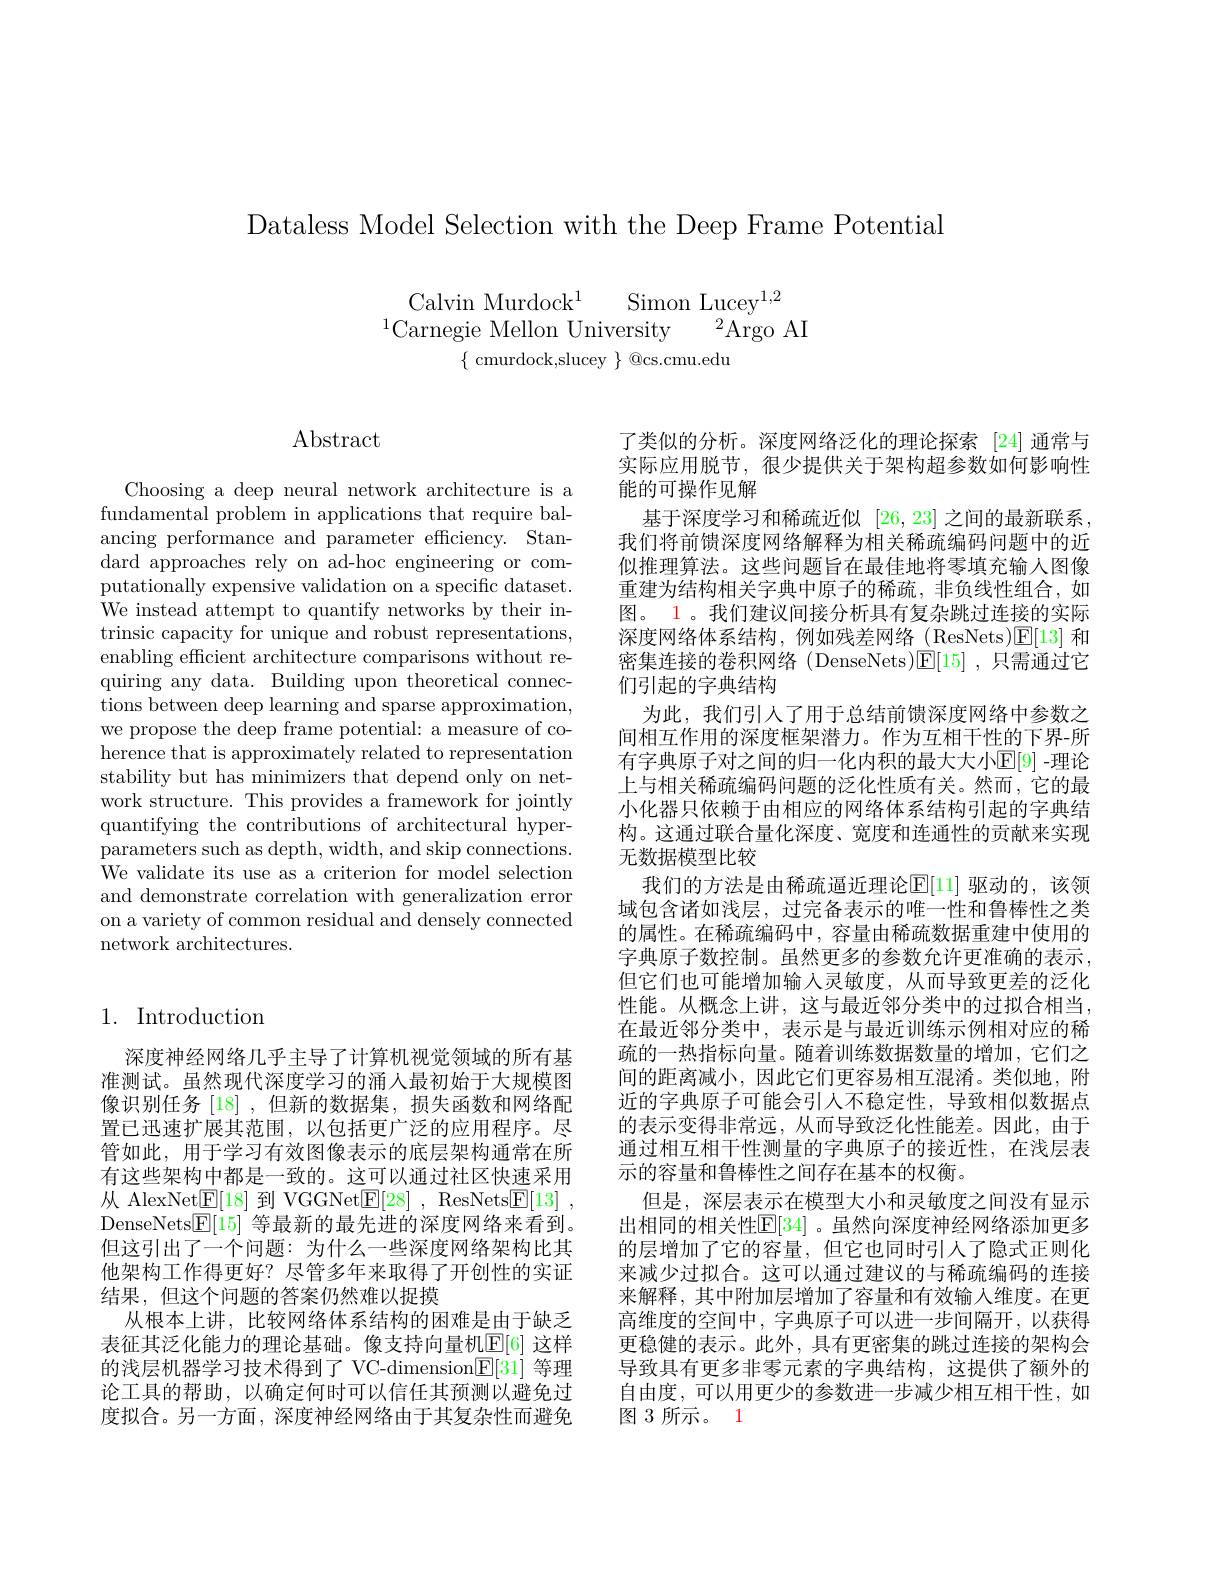
Dataless Model Selection with the Deep Frame Potential

Calvin Murdock$^1$ Simon Lucey$^{1,2}$
$^{1}$Carnegie Mellon University$^2$Argo AI
$\{$ cmurdock,slucey $\}$ @cs.cmu.edu

$\operatorname{Abstract}$

Choosing a deep neural network architecture is a fundamental problem in applications that require balancing performance and parameter efficiency. Standard approaches rely on ad-hoc engineering or computationally expensive validation on a specific dataset. We instead attempt to quantify networks by their intrinsic capacity for unique and robust representations, enabling efficient architecture comparisons without requiring any data. Building upon theoretical connections between deep learning and sparse approximation, we propose the deep frame potential: a measure of coherence that is approximately related to representation stability but has minimizers that depend only on network structure. This provides a framework for jointly quantifying the contributions of architectural hyperparameters such as depth, width, and skip connections. We validate its use as a criterion for model selection and demonstrate correlation with generalization error on a variety of common residual and densely connected network architectures.

## 1. Introduction

深度神经网络几乎主导了计算机视觉领域的所有基准测试。虽然现代深度学习的涌人最初始于大规模图像识别任务 [18] ,但新的数据集，损失函数和网络配置已迅速扩展其范围，以包括更广泛的应用程序。尽管如此，用于学习有效图像表示的底层架构通常在所有这些架构中都是一致的。这可以通过社区快速采用从 AlexNet$\underline{\mathrm{E}}[18]$到 VGGNet$\underline{\mathrm{E}}[28]$, ResNets$\underline{\mathrm{E}}[13]$, DenseNets$\underline{\mathbb{E}}[15]$等最新的最先进的深度网络来看到。但这引出了一个问题：为什么一些深度网络架构比其他架构工作得更好？尽管多年来取得了开创性的实证结果，但这个问题的答案仍然难以捉摸
从根本上讲，比较网络体系结构的困难是由于缺乏表征其泛化能力的理论基础。像支持向量机$\mathbb{E}[6]$ 这样的浅层机器学习技术得到了 VC-dimension$\mathbb{E}[31]$等理论工具的帮助，以确定何时可以信任其预测以避免过度拟合。另一方面，深度神经网络由于其复杂性而避免

了类似的分析。深度网络泛化的理论探索 [24] 通常与实际应用脱节，很少提供关于架构超参数如何影响性能的可操作见解
基于深度学习和稀疏近似 [26,23] 之间的最新联系， 我们将前馈深度网络解释为相关稀疏编码问题中的近似推理算法。这些问题旨在最佳地将零填充输人图像重建为结构相关字典中原子的稀疏，非负线性组合，如图。1。我们建议间接分析具有复杂跳过连接的实际深度网络体系结构，例如残差网络(ResNets)[E[13] 和密集连接的卷积网络(DenseNets)[E[15],只需通过它们引起的字典结构
为此，我们引人了用于总结前馈深度网络中参数之间相互作用的深度框架潜力。作为互相干性的下界-所有字典原子对之间的归一化内积的最大大小$\mathbb{E}[9]$ -理论上与相关稀疏编码问题的泛化性质有关。然而，它的最小化器只依赖于由相应的网络体系结构引起的字典结构。这通过联合量化深度、宽度和连通性的贡献来实现无数据模型比较
我们的方法是由稀疏逼近理论$\mathbb{E}[$11] 驱动的，该领域包含诸如浅层，过完备表示的唯一性和鲁棒性之类的属性。在稀疏编码中，容量由稀疏数据重建中使用的字典原子数控制。虽然更多的参数允许更准确的表示， 但它们也可能增加输入灵敏度，从而导致更差的泛化性能。从概念上讲，这与最近邻分类中的过拟合相当， 在最近邻分类中，表示是与最近训练示例相对应的稀疏的一热指标向量。随着训练数据数量的增加，它们之间的距离减小，因此它们更容易相互混淆。类似地，附近的字典原子可能会引人不稳定性，导致相似数据点的表示变得非常远，从而导致泛化性能差。因此，由于通过相互相干性测量的字典原子的接近性，在浅层表示的容量和鲁棒性之间存在基本的权衡。
但是，深层表示在模型大小和灵敏度之间没有显示出相同的相关性$\mathbb{E}[34]$ 。虽然向深度神经网络添加更多的层增加了它的容量，但它也同时引人了隐式正则化来减少过拟合。这可以通过建议的与稀疏编码的连接来解释，其中附加层增加了容量和有效输入维度。在更高维度的空间中，字典原子可以进一步间隔开，以获得更稳健的表示。此外，具有更密集的跳过连接的架构会导致具有更多非零元素的字典结构，这提供了额外的自由度，可以用更少的参数进一步减少相互相干性，如图 3 所示。1